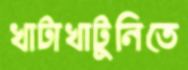
খাটাখাটুনিতে